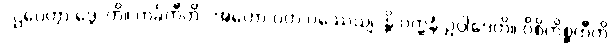
“ဌပေတွာ ဒွေ”တိ။ ကင်္ခတီတိ “အဟော ဝတ ပဿေယျ”န္တိ ပတ္ထနံ ဥပ္ပါဒေတိ။ ဝိစိကိစ္ဆတီတိ